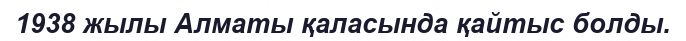
1938 жылы Алматы қаласында қайтыс болды.